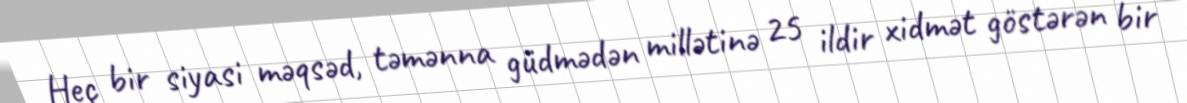
Heç bir siyasi məqsəd, təmənna güdmədən millətinə 25 ildir xidmət göstərən bir